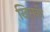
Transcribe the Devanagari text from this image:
खिसकी